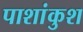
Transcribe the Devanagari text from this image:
पाशांकुश